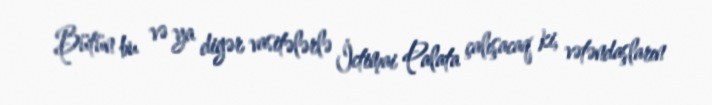
Bütün bu və ya digər vasitələrlə İctimai Palata çalışacaq ki, vətəndaşların